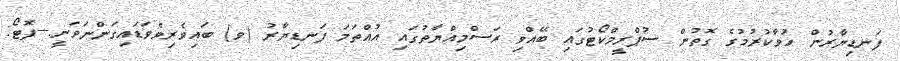
ފަނޑިޔާރުން ހުވާކުރުމުގެ ގޮތުން ސުޕްރީމްކޯޓުގައި ބޭއްވި ރަސްމިއްޔާތުގައި އުއްތަމަ ފަނޑިޔާރު (ވ) ބައިވެރިވެވަޑައިގަންނަވަނީ.---ފޮޓޯ: